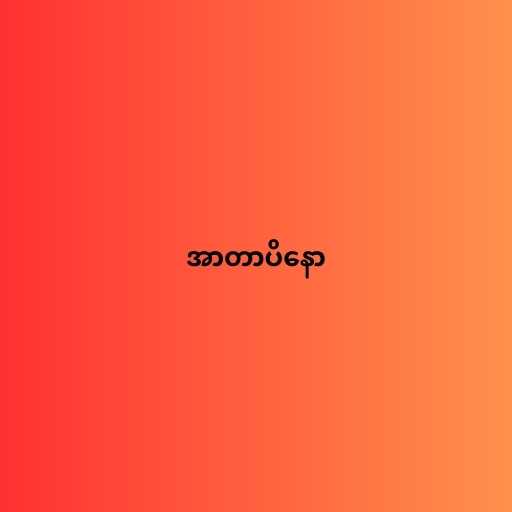
အာတာပိနော